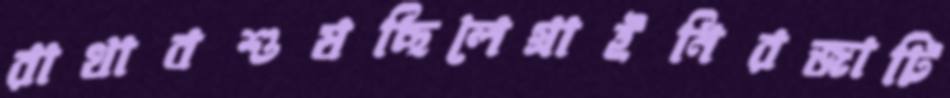
রাখাবশুষছিলেগ্রাইনিরজাটি